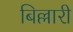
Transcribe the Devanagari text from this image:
बिल्लारी